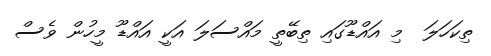
ތިކަހަލަ  މި އައްޑޫގައި ތިބޭތީ މައްސަލަ އަކީ އައްޑޫ މީހުން ވެސް